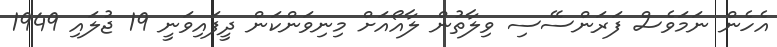
އެހެން ނަމަވެސް ފަރަންސޭސި ވިލާތުން ލާއޯއަށް މިނިވަންކަން ދީފައިވަނީ 19 ޖުލައި 1949